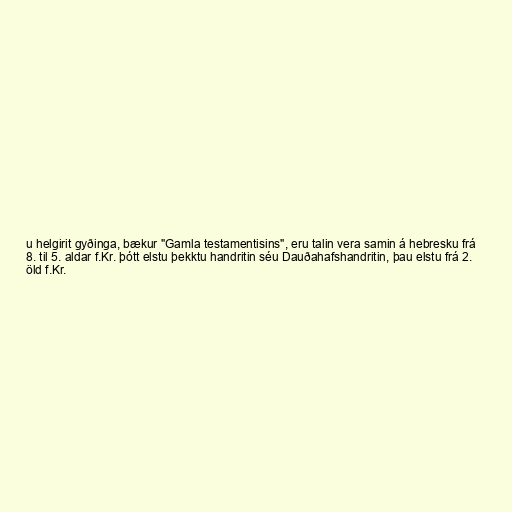
u helgirit gyðinga, bækur "Gamla testamentisins", eru talin vera samin á hebresku frá
8. til 5. aldar f.Kr. þótt elstu þekktu handritin séu Dauðahafshandritin, þau elstu frá 2.
öld f.Kr.